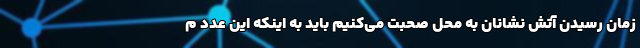
زمان رسیدن آتش نشانان به محل صحبت می‌کنیم باید به اینکه این عدد م